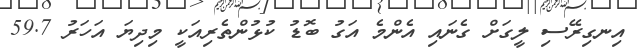
އިނގިރޭސި ލީގަށް ގެނައި އެންމެ އަގު ބޮޑު ކުޅުންތެރިއަކީ މިދިޔަ އަހަރު 59.7